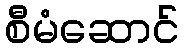
စီမံဆောင်